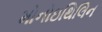
મોનોઇથિલિન